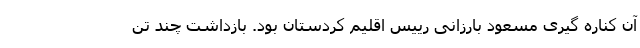
آن کناره گیری مسعود بارزانی رییس اقلیم کردستان بود. بازداشت چند تن